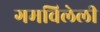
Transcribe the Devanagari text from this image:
गमविलेली